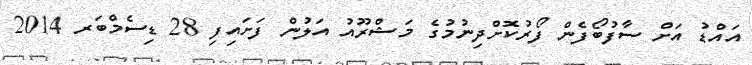
އައްޑު އަށް ސާފުބޯފެން ފޯރުކޮށްދިނުމުގެ މަޝްރޫއު އަލުން ފަށައިފި 28 ޑިސެމްބަރ 2014